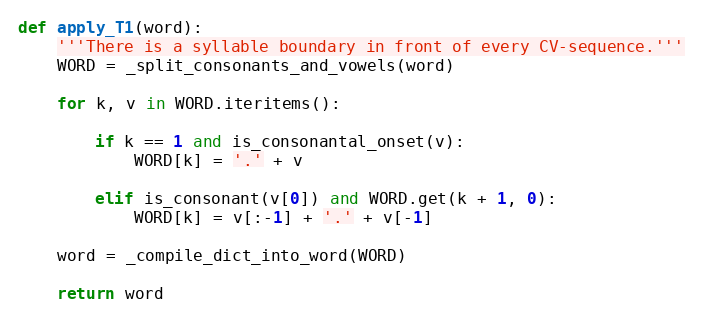
Language: Python
def apply_T1(word):
    '''There is a syllable boundary in front of every CV-sequence.'''
    WORD = _split_consonants_and_vowels(word)

    for k, v in WORD.iteritems():

        if k == 1 and is_consonantal_onset(v):
            WORD[k] = '.' + v

        elif is_consonant(v[0]) and WORD.get(k + 1, 0):
            WORD[k] = v[:-1] + '.' + v[-1]

    word = _compile_dict_into_word(WORD)

    return word